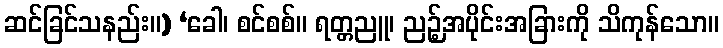
ဆင်ခြင်သနည်း။) ‘ခေါ၊ စင်စစ်။ ရတ္တညူ၊ ညဉ့်အပိုင်းအခြားကို သိကုန်သော။